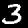
Label: 3